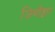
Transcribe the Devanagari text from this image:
जिर्णोद्वार